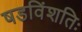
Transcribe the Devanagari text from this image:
षडविंशतिः